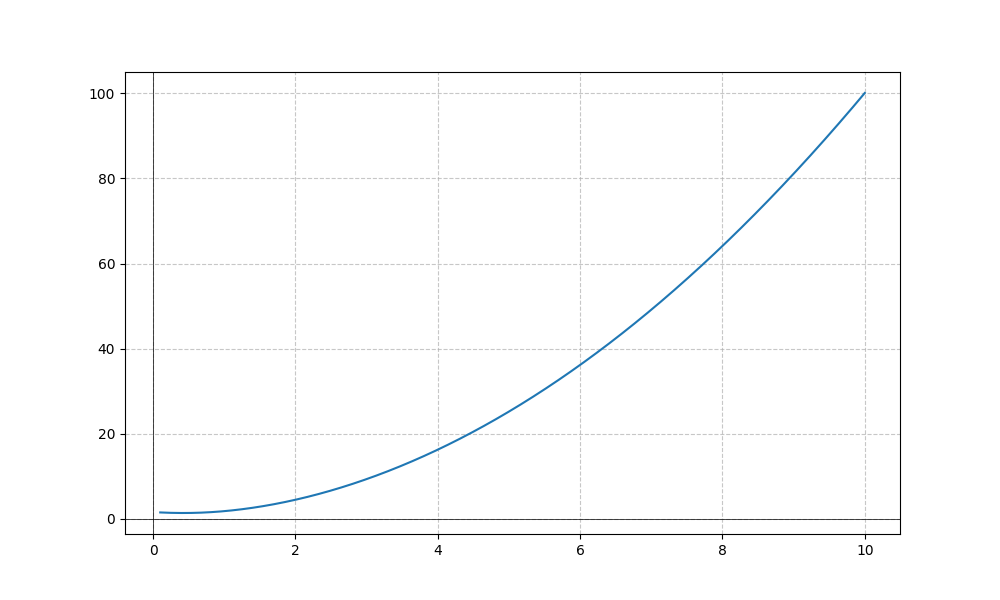
LaTeX formula: x^{2} + \operatorname{acot}{\left(x \right)}